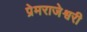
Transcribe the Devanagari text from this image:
प्रेमराजेश्वरी